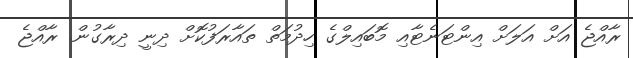
ރާއްޖެ އަށް އަލަށް އިންޓަނެޓާއި މޮބައިލްގެ ހިދުމަތް ތައާރަފުކޮށް ދިނީ ދިރާގުން. ރާއްޖެ